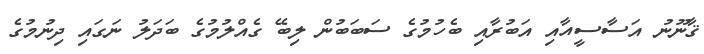
ޤާނޫނު އަސާސީއާއި އަބުރާއި ބެހުމުގެ ސަބަބުން ލިބޭ ގެއްލުމުގެ ބަދަލު ނަގައި ދިނުމުގެ